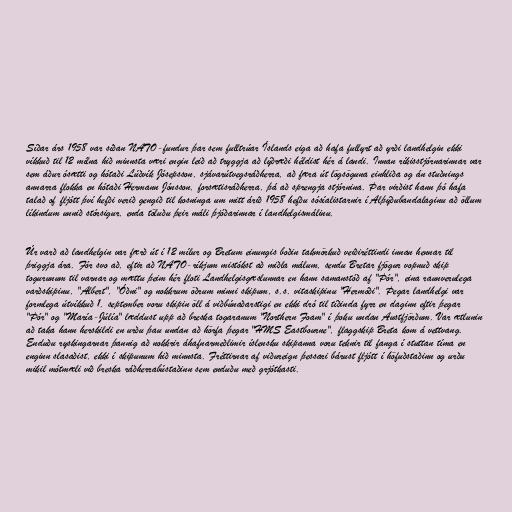
Síðar árs 1958 var síðan NATO-fundur þar sem fulltrúar Íslands eiga að hafa fullyrt að yrði landhelgin ekki
víkkuð til 12 mílna hið minnsta væri engin leið að tryggja að lýðræði héldist hér á landi. Innan ríkisstjórnarinnar var
sem áður ósætti og hótaði Lúðvík Jósepsson, sjávarútvegsráðherra, að færa út lögsöguna einhliða og án stuðnings
annarra flokka en hótaði Hermann Jónsson, forsætisráðherra, þá að sprengja stjórnina. Þar virðist hann þó hafa
talað of fljótt því hefði verið gengið til kosninga um mitt árið 1958 hefðu sósíalistarnir í Alþýðubandalaginu að öllum
líkindum unnið stórsigur, enda töluðu þeir máli þjóðarinnar í landhelgismálinu.

Úr varð að landhelgin var færð út í 12 mílur og Bretum einungis boðin takmörkuð veiðiréttindi innan hennar til
þriggja ára. Fór svo að, eftir að NATO-ríkjum mistókst að miðla málum, sendu Bretar fjögur vopnuð skip
togurunum til varnar og mættu þeim hér floti Landhelgisgæslunnar en hann samanstóð af "Þór", eina raunverulega
varðskipinu, "Albert", "Óðni" og nokkrum öðrum minni skipum, s.s. vitaskipinu "Hermóði". Þegar landhelgi var
formlega útvíkkuð 1. september voru skipin öll á viðbúnaðarstigi en ekki dró til tíðinda fyrr en daginn eftir þegar
"Þór" og "María-Júlía" læddust upp að breska togaranum "Northern Foam" í þoku undan Austfjörðum. Var ætlunin
að taka hann herskildi en urðu þau undan að hörfa þegar "HMS Eastbourne", flaggskip Breta kom á vettvang.
Enduðu ryskingarnar þannig að nokkrir áhafnarmeðlimir íslensku skipanna voru teknir til fanga í stuttan tíma en
enginn slasaðist, ekki í skipunum hið minnsta. Fréttirnar af viðureign þessari bárust fljótt í höfuðstaðinn og urðu
mikil mótmæli við breska ráðherrabústaðinn sem enduðu með grjótkasti.